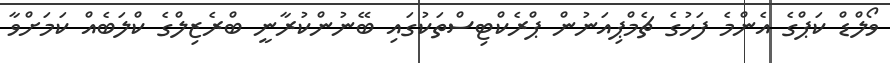
ވޯލްޑް ކަޕްގެ އެންމެ ފަހުގެ ޗެމްޕިއަނުން ޕްރެކްޓިސްތަކުގައި ބޭނުންކުރާނީ ބްރެޒިލްގެ ކްލަބެއް ކަމަށްވާ